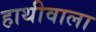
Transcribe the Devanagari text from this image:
हाथीवाला